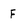
Character: F